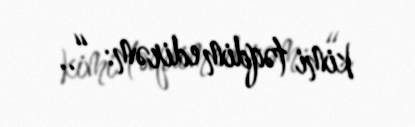
kimi təqdim edirəm: “..